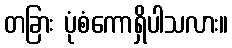
တခြား ပုံစံကောရှိပါသလား။